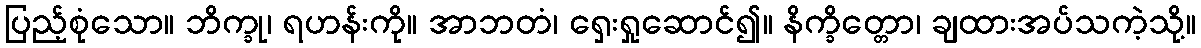
ပြည့်စုံသော။ ဘိက္ခု၊ ရဟန်းကို။ အာဘတံ၊ ရှေးရှုဆောင်၍။ နိက္ခိတ္တော၊ ချထားအပ်သကဲ့သို့။